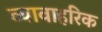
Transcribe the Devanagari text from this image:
व्यावाहरिक